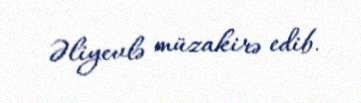
Əliyevlə müzakirə edib.